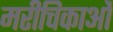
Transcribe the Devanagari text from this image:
मरीचिकाओं